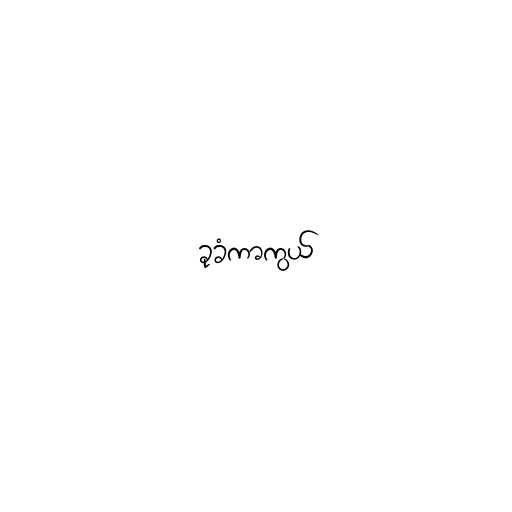
ခုခံကာကွယ်